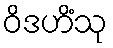
ဝိဒဟိံသု